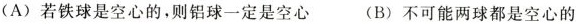
(A)若铁球是空心的，则铝球一定是空心 (B)不可能两球都是空心的